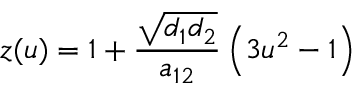
z ( u ) = 1 + \frac { \sqrt { d _ { 1 } d _ { 2 } } } { a _ { 1 2 } } \left( 3 u ^ { 2 } - 1 \right)